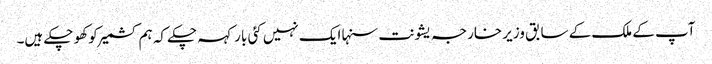
آپ کے ملک کے سابق وزیر خارجہ یشونت سنہا ایک نہیں کئی بار کہہ چکے کہ ہم کشمیر کو کھو چکے ہیں۔